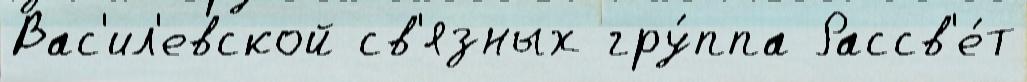
Вас'ил'евской св'язных гру́ппа Рассв'е́т